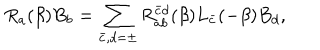
R _ { a } ( \beta ) B _ { b } = \sum _ { \bar { c } , d = \pm } R _ { a b } ^ { \bar { c } d } ( \beta ) L _ { \bar { c } } ( - \beta ) B _ { d } ,